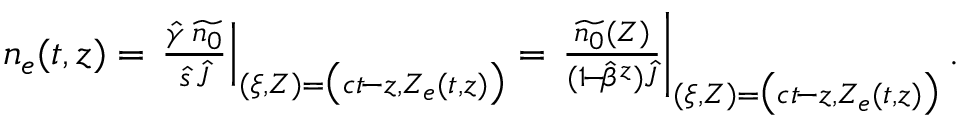
\begin{array} { r } { n _ { e } ( t , z ) = \left. \frac { \hat { \gamma } \: \widetilde { n _ { 0 } } } { \hat { s } \, \hat { J } } \right\vert _ { ( \xi , Z ) = \big ( c t \! - z , Z _ { e } ( t , z ) \big ) } = \left. \frac { \widetilde { n _ { 0 } } ( Z ) } { ( 1 \! - \! \hat { \beta } ^ { z } ) \hat { J } } \right\vert _ { ( \xi , Z ) = \big ( c t \! - z , Z _ { e } ( t , z ) \big ) } . } \end{array}